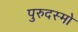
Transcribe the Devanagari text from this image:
पुरुदस्मो